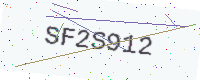
Text: SF2S912